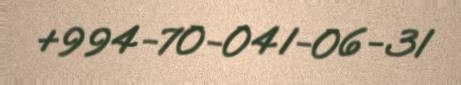
+994-70-041-06-31